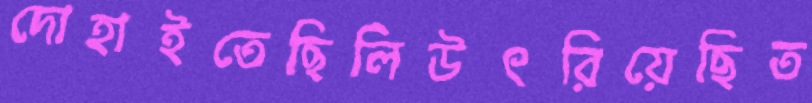
দোহাইতেছিলিউৎরিয়েছিত